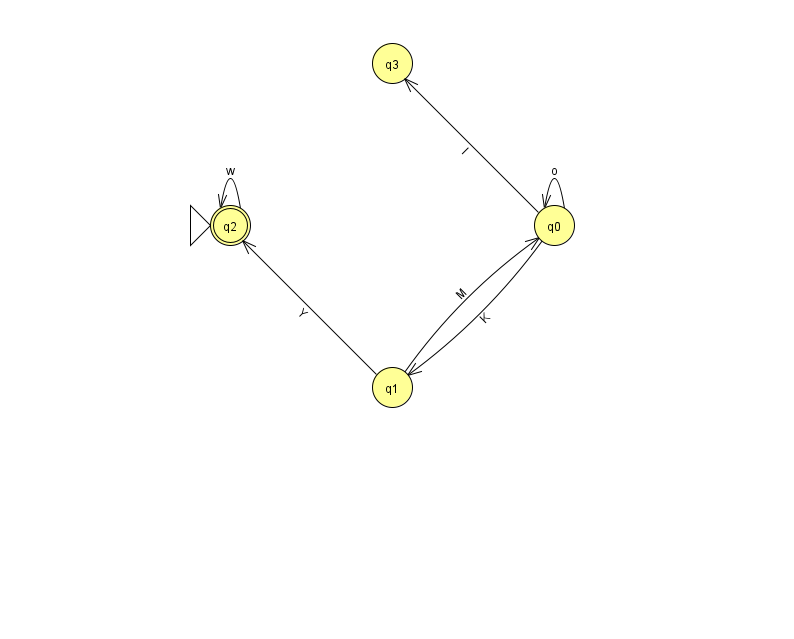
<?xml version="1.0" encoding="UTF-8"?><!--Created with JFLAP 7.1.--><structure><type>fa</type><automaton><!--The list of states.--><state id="0" name="q0"><x>554.0</x><y>212.0</y></state><state id="1" name="q1"><x>392.0</x><y>374.0</y></state><state id="2" name="q2"><x>230.0</x><y>212.0</y><initial/><final/></state><state id="3" name="q3"><x>392.0</x><y>50.0</y></state><!--The list of transitions.--><transition><from>1</from><to>2</to><read>Y</read></transition><transition><from>0</from><to>1</to><read>K</read></transition><transition><from>1</from><to>0</to><read>M</read></transition><transition><from>0</from><to>3</to><read>l</read></transition><transition><from>2</from><to>2</to><read>w</read></transition><transition><from>0</from><to>0</to><read>o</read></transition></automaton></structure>